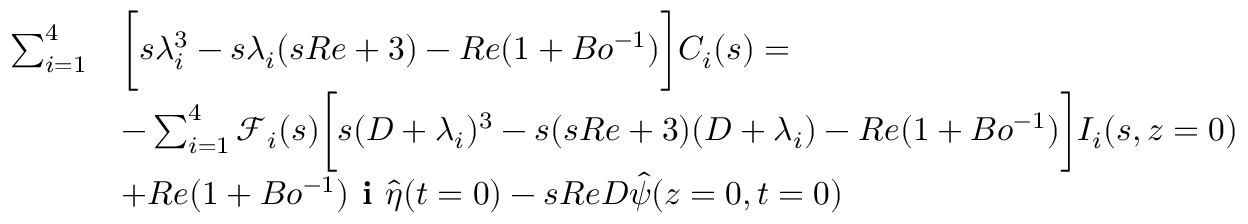
\begin{array} { r l } { \sum _ { i = 1 } ^ { 4 } } & { \bigg [ s \lambda _ { i } ^ { 3 } - s \lambda _ { i } ( s R e + 3 ) - R e ( 1 + B o ^ { - 1 } ) \bigg ] C _ { i } ( s ) = } \\ & { - \sum _ { i = 1 } ^ { 4 } \mathscr { F } _ { i } ( s ) \bigg [ s ( D + \lambda _ { i } ) ^ { 3 } - s ( s R e + 3 ) ( D + \lambda _ { i } ) - R e ( 1 + B o ^ { - 1 } ) \bigg ] I _ { i } ( s , z = 0 ) } \\ & { + R e ( 1 + B o ^ { - 1 } ) \textbf { i } \hat { \eta } ( t = 0 ) - s R e D \hat { \psi } ( z = 0 , t = 0 ) } \end{array}